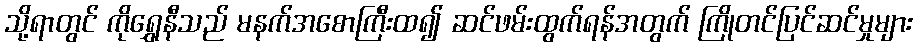
သို့ရာတွင် ကိုရွှေနီသည် မနက်အစောကြီးထ၍ ဆင်ဖမ်းထွက်ရန်အတွက် ကြိုတင်ပြင်ဆင်မှုများ